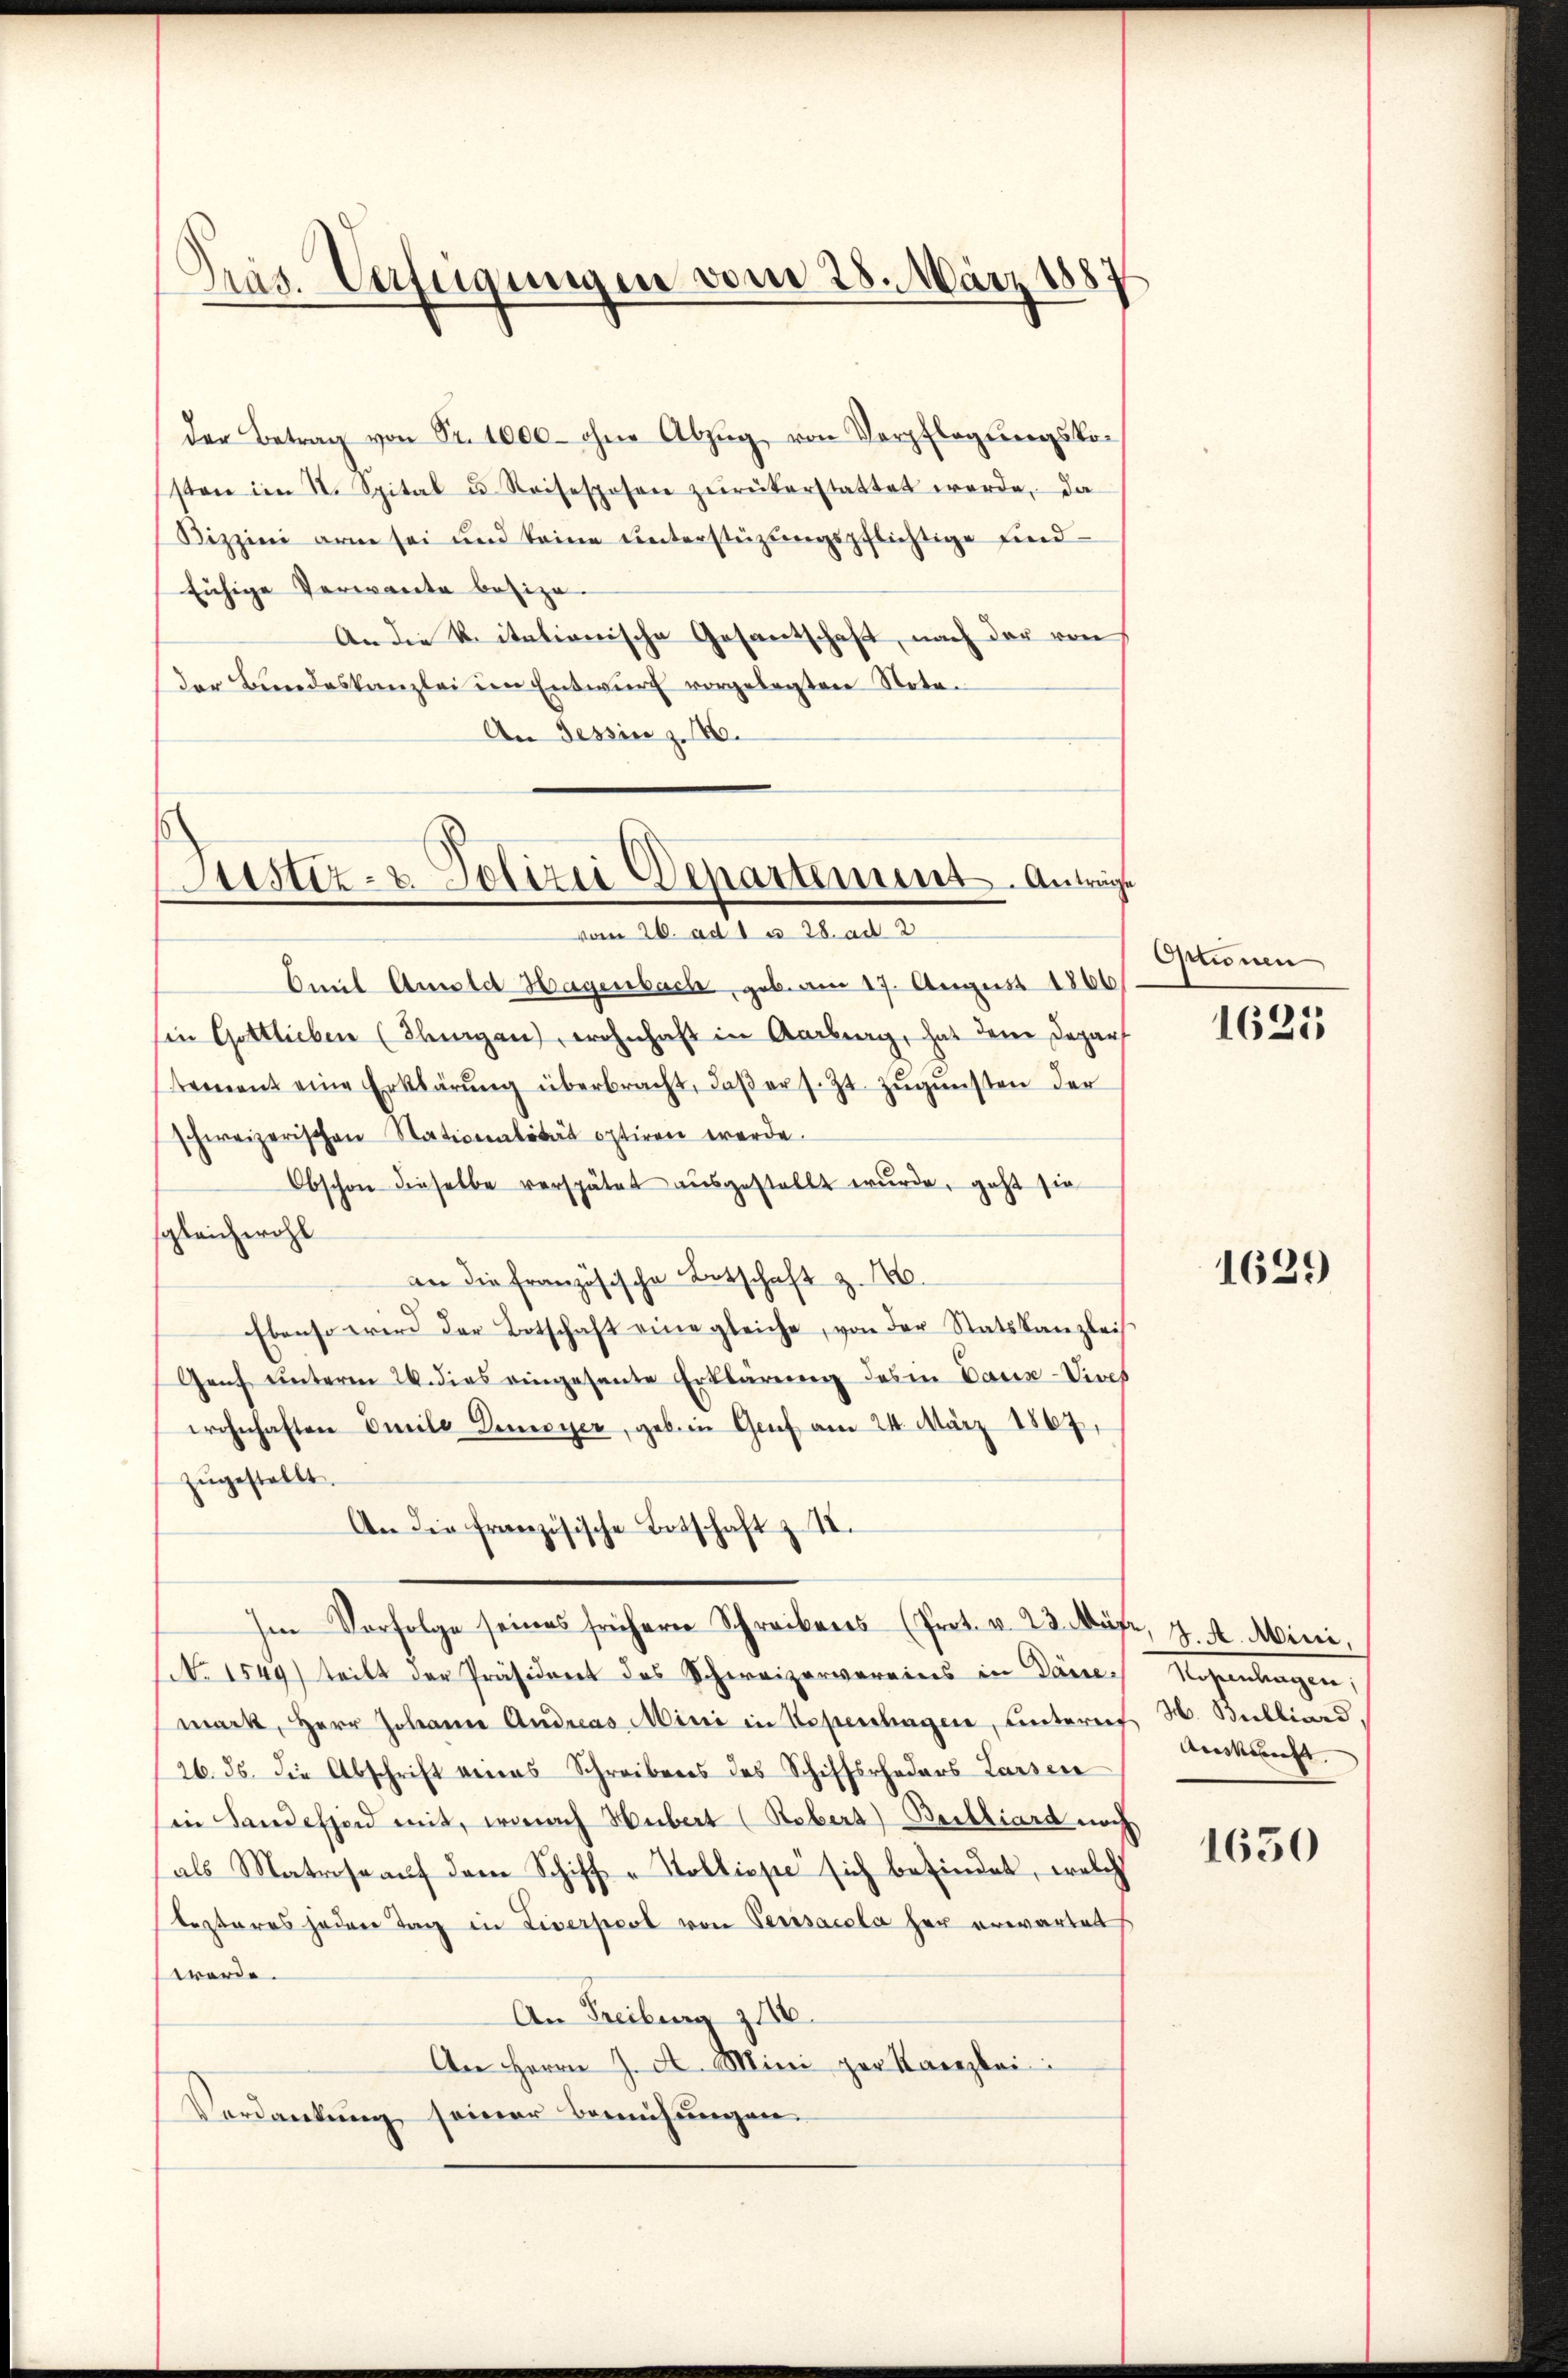
Präs. Verfügungen vom 28. März 188

der Betrag von Nr. 1000 ohne Abzŭg von Verpflegŭngskosten im II. Spital u. Reisespesen zŭrükerstattet werde, da
Bizzini arm sei und keine ŭnterstüzŭngspflichtige find-
fuhige Verwante besize-
An die k. italienische Gesantschaft, nach der von
der Bundeskanzlei im Entwŭrf vorgelegten Nota-
An Tessin z. B.

Justiz- & Polizei Departement. Anträge
vom 26. ad 1 u 28. ad 2

Omel Anald Hagenbach, geb. am 17. August 1866
Ein Gottlieben (Thungen, wohnhaft in Aarburg, hat dem Depart
tement eine Erklärŭng überbracht, daβ er s. Zt. zŭgŭnsten der
schweizerischen Stationalität optiren werde.
Obschon dieselbe verspätet ausgestellt wurde, geht sie
sgleichwohl
an die französische Botschaft z. 16.
Ebenso wird der Botschaft eine gleiche, von der Statskanzleis
Genf unterm 24. dies eingesante Erklärung des in Para-Vives
wohnhaften Emile Demeyer, geben Graf am 24. März 1867,
zŭgestellt.
An die französische Botschaft z. II.
Im Vorfolge seines früherer Schreibens (Prot. v. 23. Mäfr, 7. A. Mini,
(NNo. 1549) tritt der Präsident des Schweizervereins in Däne. Sogeantragen,
mack, Herr Johann Andreas Mini in Kopenhagen, unteres H. Bulliard,
26. ds. die Abschrift eines Schreibens des Schiffsrheders Lassen
in Landessend mit, wonach Hubert (Rebers) Beibliard noch
als Matrose auf dem Schiff-Zollispe sich befindet, welch
testeres jeden Tag in Liverpool von Perssacola her erwartet
werde.
An Freiburg 1116.
An Herrn J. A. Mini per Kanzlei
Verdankung seiner Bemühungen.

Octionen

1625

1629

Auskunft

1630